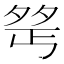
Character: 𪤺